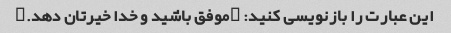
این عبارت را بازنویسی کنید: "موفق باشید و خدا خیرتان دهد."